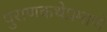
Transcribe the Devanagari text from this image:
पुराणकथेप्रमाणे